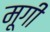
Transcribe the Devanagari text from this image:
मूगी